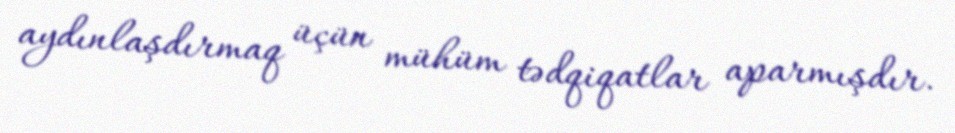
aydınlaşdırmaq üçün mühüm tədqiqatlar aparmışdır.